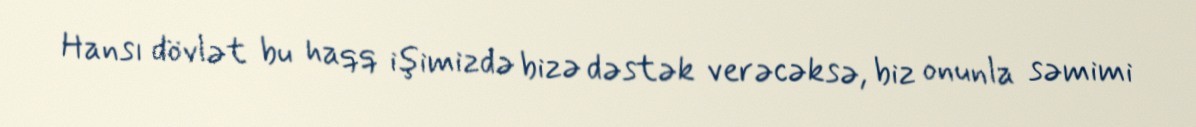
Hansı dövlət bu haqq işimizdə bizə dəstək verəcəksə, biz onunla səmimi